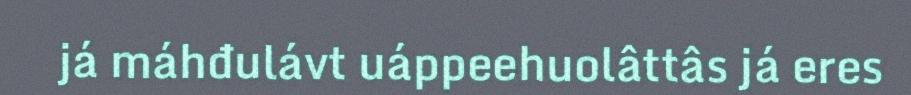
já máhđulávt uáppeehuolâttâs já eres